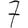
Digit: 7